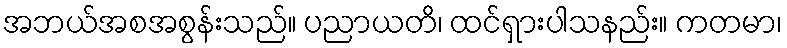
အဘယ်အစအစွန်းသည်။ ပညာယတိ၊ ထင်ရှားပါသနည်း။ ကတမာ၊